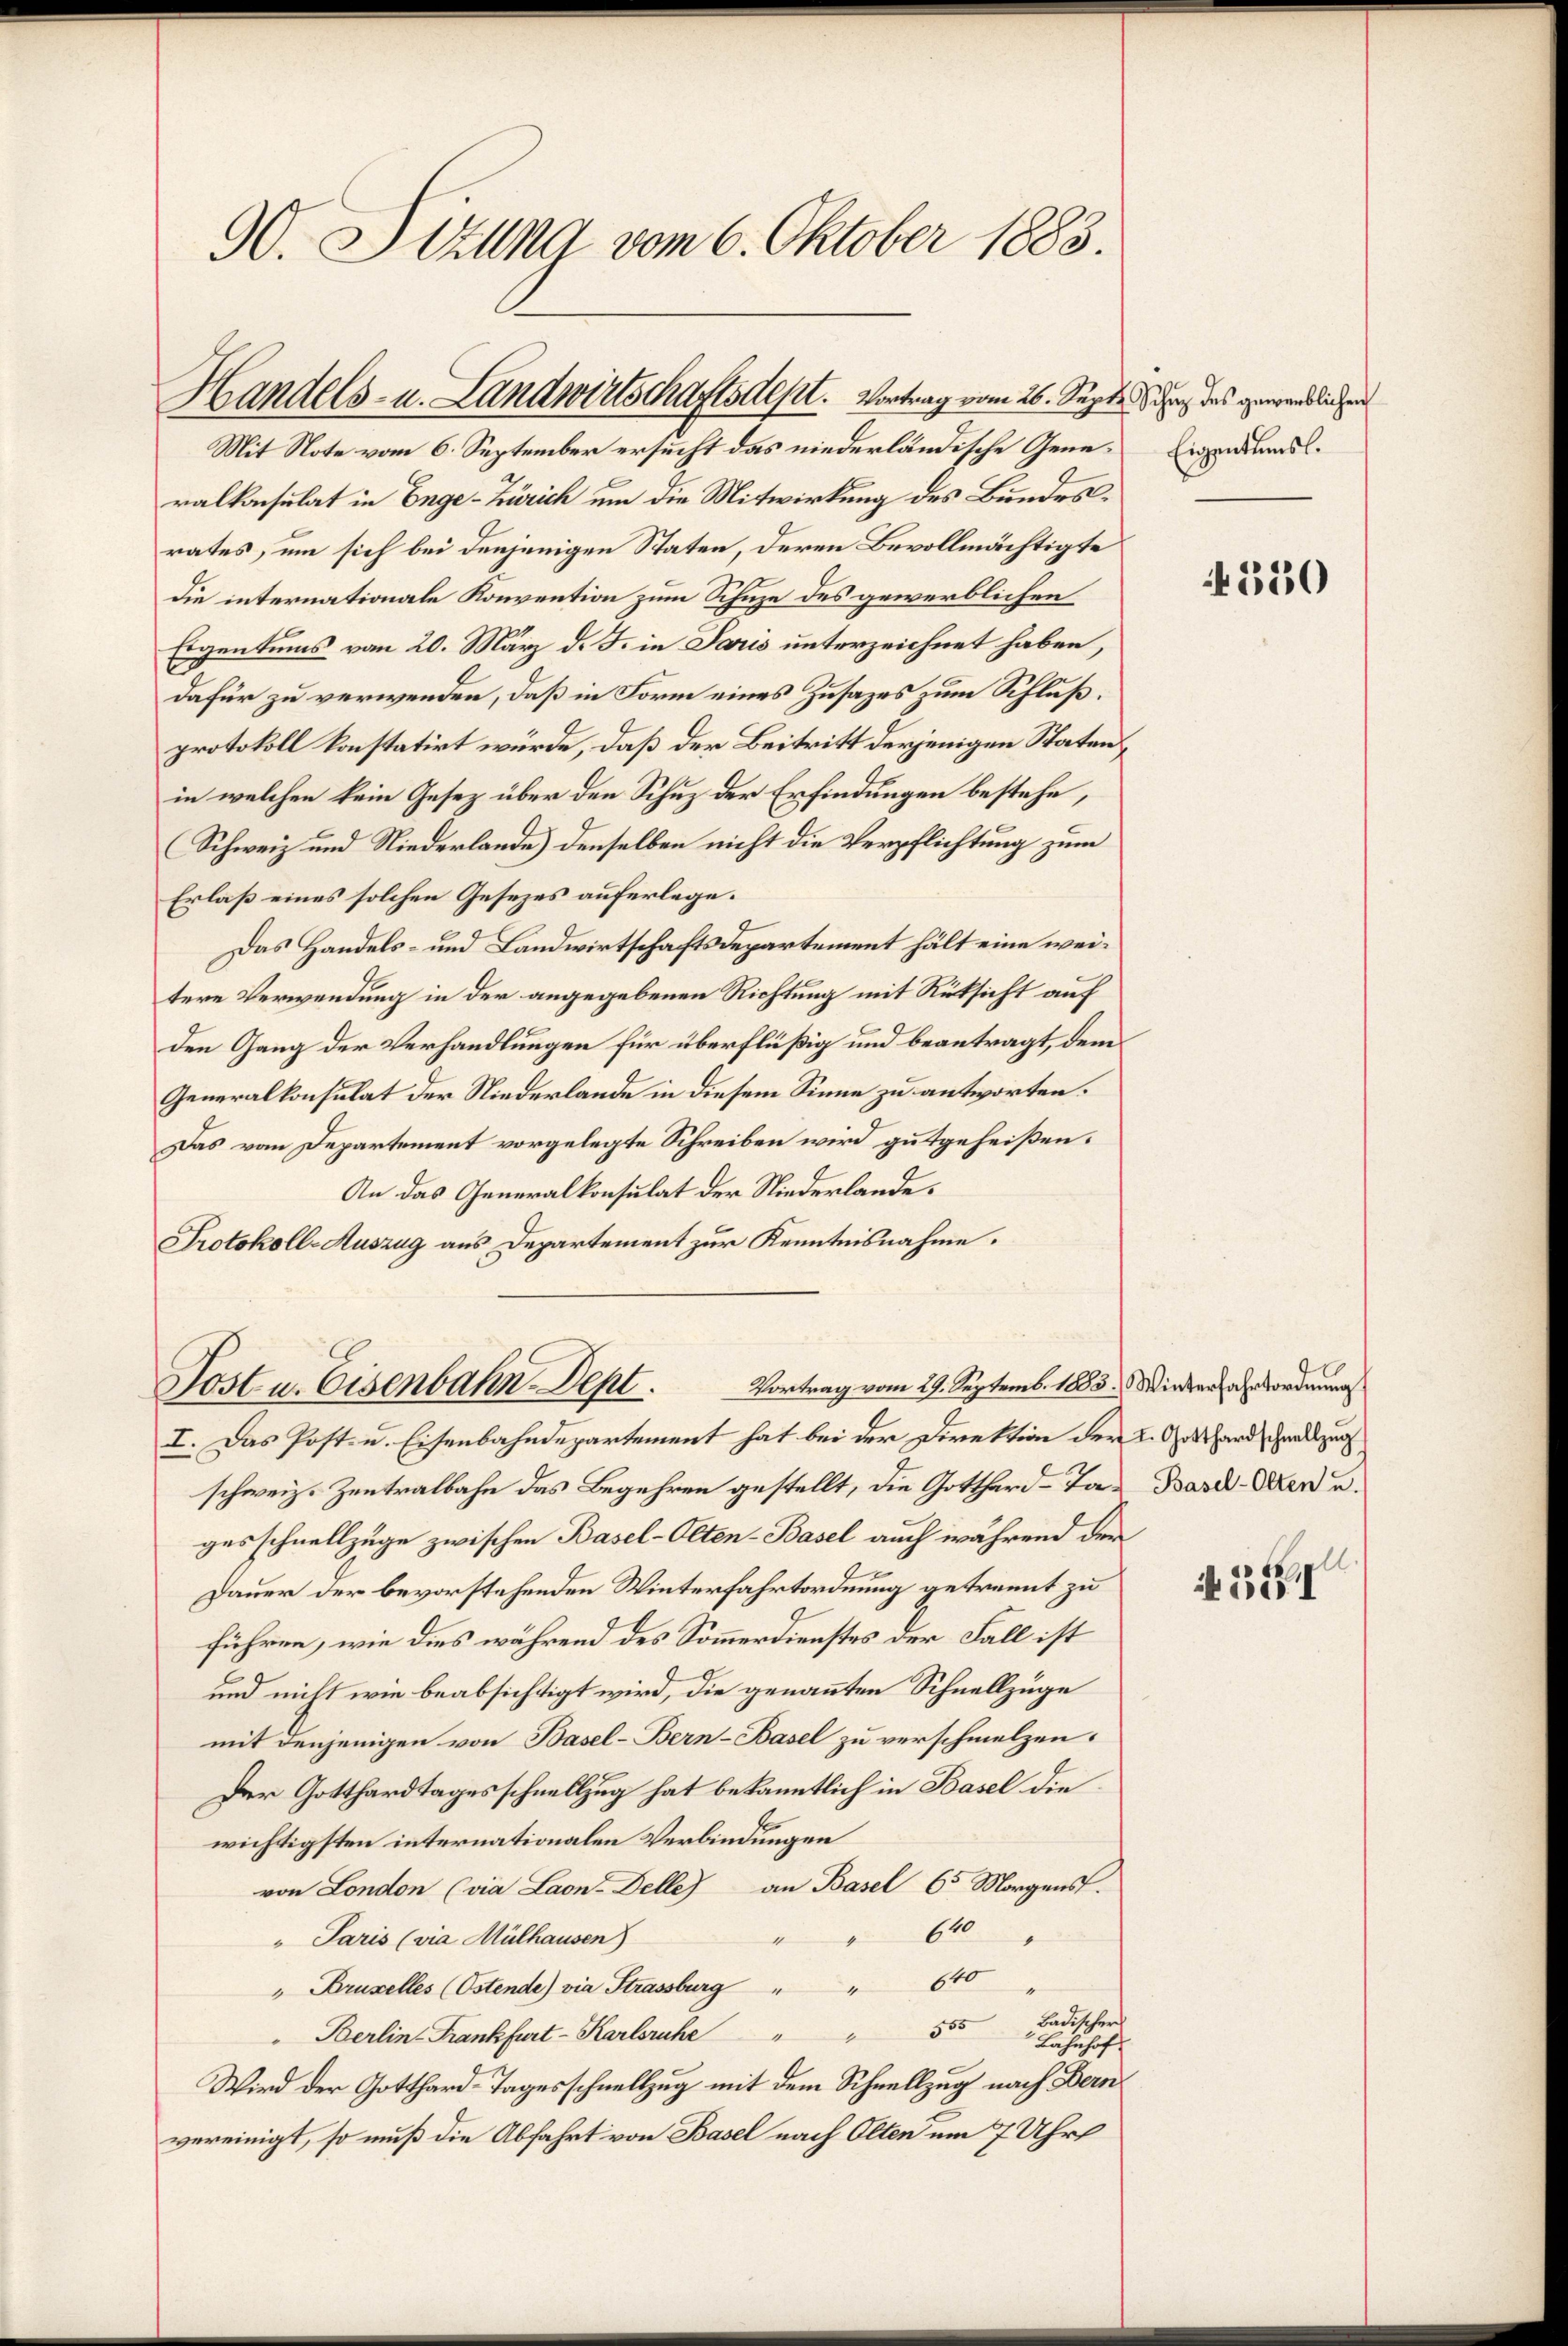
90. Stzung vom 6. Oktober 1883.

Handels- u. Landwirtschaftsdest. Vortrag vom 26. Sept. 1 des gewandlichen
Mit Note vom 6. September ersucht das niederländische Gene¬

ralkonsulat in Enge-Zürich um die Mitwirkung des Bundesrates, um sich bei denjenigen Staten, deren Bevollmächtigte
die internationale Konvention zum Schuze des gewerblichen
Eigentums vom 20. März d. J. in Paris unterzeichnet haben,
dafür zu verwenden, daß in Form eines Zusatzes zum Schlußprotokoll konstatirt würde, daß der Beitritt derjenigen Statenin welchen kein Gesetz über den Schuz der Erfindungen bestehe,
Schweiz und Niederlande) denselben nicht die Verpflichtung zum
Erlaß eines solchen Gesezes auferlege.
Das Handels- und Landwirtschaftsdepartement hält eine weitere Verwendung in der angegebenen Richtung mit Rüksicht auf
den Gang der Verhandlungen für überflüßig und beantragt, dem
Generalkonsulat der Niederlande in diesem Sinne zu antworten.
Das vom Departement vorgelegte Schreiben wird gutgeheißen.
An das Generalkonsulat der Niederlande.
Protokoll-Auszug aus Departement zur Kenntnisnahme.

Post u. Eisenbahn-Dept. Vortrag vom 29. Septemb. 1883. Wieders albordnungs

I. Das Post- u. Eisenbahndepartement hat bei der Direktion der L. Gotthard Gradezuch
schweiz. Zentralbahn das Begehren gestellt, die Gotthard-Ta-Basd-Aerd u.
gesschnellzüge zwischen Basel-Olten-Basel auch während der
Dauer der bevorstehenden Winterfahrtordnung getrennt zu
führen, wie dies während des Sommerdienstes der Fall ist
und nicht wie beabsichtigt wird, die genannten Schnellzüge
mit denjenigen von Basel-Bern-Basel zu verschmelzen.
Der Gotthardtages schnellzug hat bekanntlich in Basel die
wichtigsten internationalen Verbindungen
von London (via Laon-Delle) an Basel 65 Morgens.
640
" Paris (via Mülhausen)
"Druselles (Ostende) via Strassburg " " 640 "
Berlin Frankfurt-Karlsruhe " " 555 Badischer
Lahnhof
Wird der Gotthard-Tagesschnellzug mit dem Schnellzug nach Bern
vereinigt, so muß die Abfahrt von Basel nach Olten um 7 Uhr

Eigentums.

4330

all

A 351